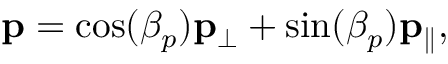
\mathbf { p } = \cos ( \beta _ { p } ) \mathbf { p _ { \perp } } + \sin ( \beta _ { p } ) \mathbf { p _ { \parallel } } ,